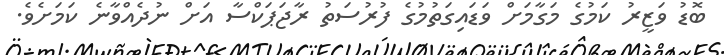
ބޮޑު ވަޒީރު ކަމުގެ މަގާމަށް ވަޑައިގަތުމުގެ ފުރުސަތު ރާޖަޕަކްސާ އަށް ނުދެއްވާނެ ކަމަށެވެ.